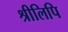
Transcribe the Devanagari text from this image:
श्रीलिपि